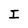
Character: I